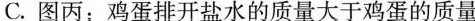
C.图丙：鸡蛋排开盐水的质量大于鸡蛋的质量